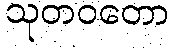
သုတဝတော